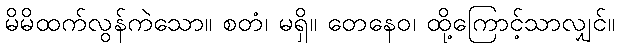
မိမိထက်လွန်ကဲသော။ စတံ၊ မရှိ။ တေနေဝ၊ ထို့ကြောင့်သာလျှင်။